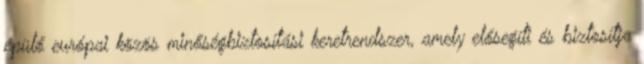
épülő európai közös minőségbiztosítási keretrendszer, amely elősegíti és biztosítja